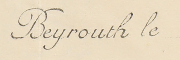
Beyrouth le